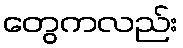
တွေကလည်း